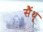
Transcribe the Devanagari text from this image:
सैंथू